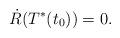
LaTeX: \begin{align*} \dot{R}(T^*(t_0))=0. \end{align*}